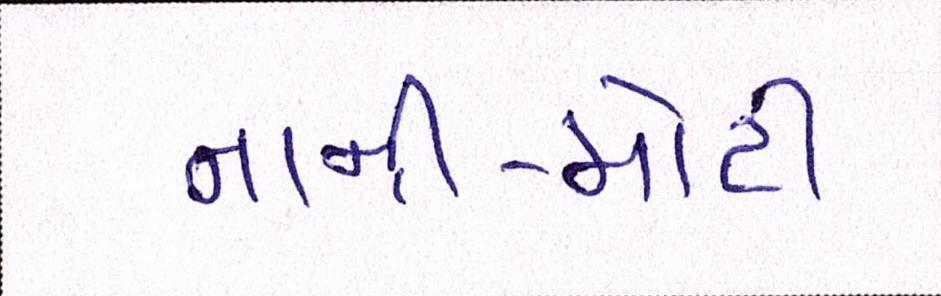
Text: નાની-મોટી